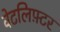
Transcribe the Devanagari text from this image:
वेटलिफ़्टर